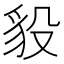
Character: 䝘